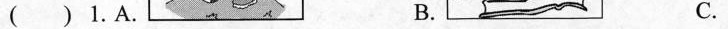
( ) 1.A. B. C.